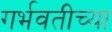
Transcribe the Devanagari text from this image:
गर्भवतीच्या